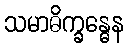
သမာဓိက္ခန္ဓေန